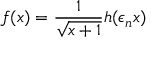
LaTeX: f ( x ) = \frac { 1 } { \sqrt { x + 1 } } h ( \epsilon _ { n } x )